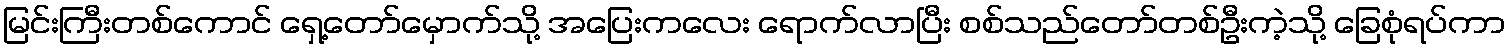
မြင်းကြီးတစ်ကောင် ရှေ့တော်မှောက်သို့ အပြေးကလေး ရောက်လာပြီး စစ်သည်တော်တစ်ဦးကဲ့သို့ ခြေစုံရပ်ကာ